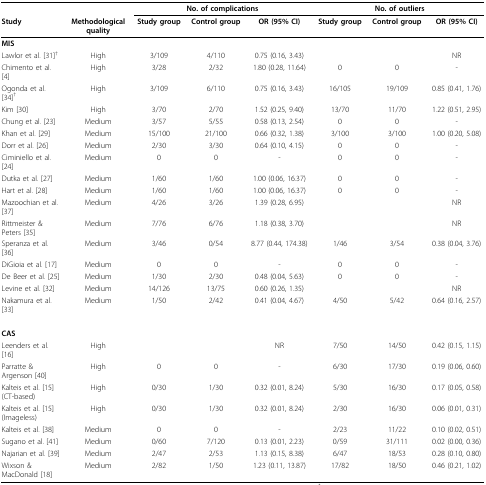
<table><thead><tr><td></td><td></td><td colspan="3"><b>No. of complications</b></td><td colspan="3"><b>No. of outliers</b></td></tr><tr><td><b>Study</b></td><td><b>Methodological quality</b></td><td><b>Study group</b></td><td><b>Control group</b></td><td><b>OR (95% CI)</b></td><td><b>Study group</b></td><td><b>Control group</b></td><td><b>OR (95% CI)</b></td></tr></thead><tbody><tr><td><b>MIS</b></td><td></td><td></td><td></td><td></td><td></td><td></td><td></td></tr><tr><td>Lawlor et al. [31]<sup>†</sup></td><td>High</td><td>3/109</td><td>4/110</td><td>0.75 (0.16, 3.43)</td><td></td><td></td><td>NR</td></tr><tr><td>Chimento et al. [4]</td><td>High</td><td>3/28</td><td>2/32</td><td>1.80 (0.28, 11.64)</td><td>0</td><td>0</td><td>-</td></tr><tr><td>Ogonda et al. [34]<sup>†</sup></td><td>High</td><td>3/109</td><td>6/110</td><td>0.75 (0.16, 3.43)</td><td>16/105</td><td>19/109</td><td>0.85 (0.41, 1.76)</td></tr><tr><td>Kim [30]</td><td>High</td><td>3/70</td><td>2/70</td><td>1.52 (0.25, 9.40)</td><td>13/70</td><td>11/70</td><td>1.22 (0.51, 2.95)</td></tr><tr><td>Chung et al. [23]</td><td>Medium</td><td>3/57</td><td>5/55</td><td>0.58 (0.13, 2.54)</td><td>0</td><td>0</td><td>-</td></tr><tr><td>Khan et al. [29]</td><td>Medium</td><td>15/100</td><td>21/100</td><td>0.66 (0.32, 1.38)</td><td>3/100</td><td>3/100</td><td>1.00 (0.20, 5.08)</td></tr><tr><td>Dorr et al. [26]</td><td>Medium</td><td>2/30</td><td>3/30</td><td>0.64 (0.10, 4.15)</td><td>0</td><td>0</td><td>-</td></tr><tr><td>Ciminiello et al. [24]</td><td>Medium</td><td>0</td><td>0</td><td>-</td><td>0</td><td>0</td><td>-</td></tr><tr><td>Dutka et al. [27]</td><td>Medium</td><td>1/60</td><td>1/60</td><td>1.00 (0.06, 16.37)</td><td>0</td><td>0</td><td>-</td></tr><tr><td>Hart et al. [28]</td><td>Medium</td><td>1/60</td><td>1/60</td><td>1.00 (0.06, 16.37)</td><td>0</td><td>0</td><td>-</td></tr><tr><td>Mazoochian et al. [37]</td><td>Medium</td><td>4/26</td><td>3/26</td><td>1.39 (0.28, 6.95)</td><td></td><td></td><td>NR</td></tr><tr><td>Rittmeister &amp; Peters [35]</td><td>Medium</td><td>7/76</td><td>6/76</td><td>1.18 (0.38, 3.70)</td><td></td><td></td><td>NR</td></tr><tr><td>Speranza et al. [36]</td><td>Medium</td><td>3/46</td><td>0/54</td><td>8.77 (0.44, 174.38)</td><td>1/46</td><td>3/54</td><td>0.38 (0.04, 3.76)</td></tr><tr><td>DiGioia et al. [17]</td><td>Medium</td><td>0</td><td>0</td><td>-</td><td>0</td><td>0</td><td>-</td></tr><tr><td>De Beer et al. [25]</td><td>Medium</td><td>1/30</td><td>2/30</td><td>0.48 (0.04, 5.63)</td><td>0</td><td>0</td><td>-</td></tr><tr><td>Levine et al. [32]</td><td>Medium</td><td>14/126</td><td>13/75</td><td>0.60 (0.26, 1.35)</td><td></td><td></td><td>NR</td></tr><tr><td>Nakamura et al. [33]</td><td>Medium</td><td>1/50</td><td>2/42</td><td>0.41 (0.04, 4.67)</td><td>4/50</td><td>5/42</td><td>0.64 (0.16, 2.57)</td></tr><tr><td><b>CAS</b></td><td></td><td></td><td></td><td></td><td></td><td></td><td></td></tr><tr><td>Leenders et al. [16]</td><td>High</td><td></td><td></td><td>NR</td><td>7/50</td><td>14/50</td><td>0.42 (0.15, 1.15)</td></tr><tr><td>Parratte &amp; Argenson [40]</td><td>High</td><td>0</td><td>0</td><td>-</td><td>6/30</td><td>17/30</td><td>0.19 (0.06, 0.60)</td></tr><tr><td>Kalteis et al. [15] (CT-based)</td><td>High</td><td>0/30</td><td>1/30</td><td>0.32 (0.01, 8.24)</td><td>5/30</td><td>16/30</td><td>0.17 (0.05, 0.58)</td></tr><tr><td>Kalteis et al. [15] (Imageless)</td><td>High</td><td>0/30</td><td>1/30</td><td>0.32 (0.01, 8.24)</td><td>2/30</td><td>16/30</td><td>0.06 (0.01, 0.31)</td></tr><tr><td>Kalteis et al. [38]</td><td>Medium</td><td>0</td><td>0</td><td>-</td><td>2/23</td><td>11/22</td><td>0.10 (0.02, 0.51)</td></tr><tr><td>Sugano et al. [41]</td><td>Medium</td><td>0/60</td><td>7/120</td><td>0.13 (0.01, 2.23)</td><td>0/59</td><td>31/111</td><td>0.02 (0.00, 0.36)</td></tr><tr><td>Najarian et al. [39]</td><td>Medium</td><td>2/47</td><td>2/53</td><td>1.13 (0.15, 8.38)</td><td>6/47</td><td>18/53</td><td>0.28 (0.10, 0.80)</td></tr><tr><td>Wixson &amp; MacDonald [18]</td><td>Medium</td><td>2/82</td><td>1/50</td><td>1.23 (0.11, 13.87)</td><td>17/82</td><td>18/50</td><td>0.46 (0.21, 1.02)</td></tr></tbody></table>